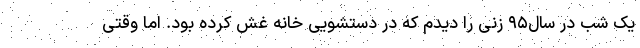
یک شب در سال٩۵ زنی را دیدم که در دستشویی خانه غش کرده بود. اما وقتی